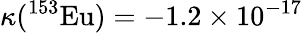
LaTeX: \kappa({}^{153}\mathrm{Eu})=-1.2\times 10^{-17}